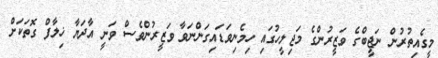
މީގެއިތުރުން ނަޖީބްގެ ވަޒީރުންގެ މަޖިލީހުގައި ހިމެނިވަޑައިގަންނަވާ ވަޒީރުންވެސް ވަނީ އާދަޔާ ޚިލާފް ގޮތަކަށް